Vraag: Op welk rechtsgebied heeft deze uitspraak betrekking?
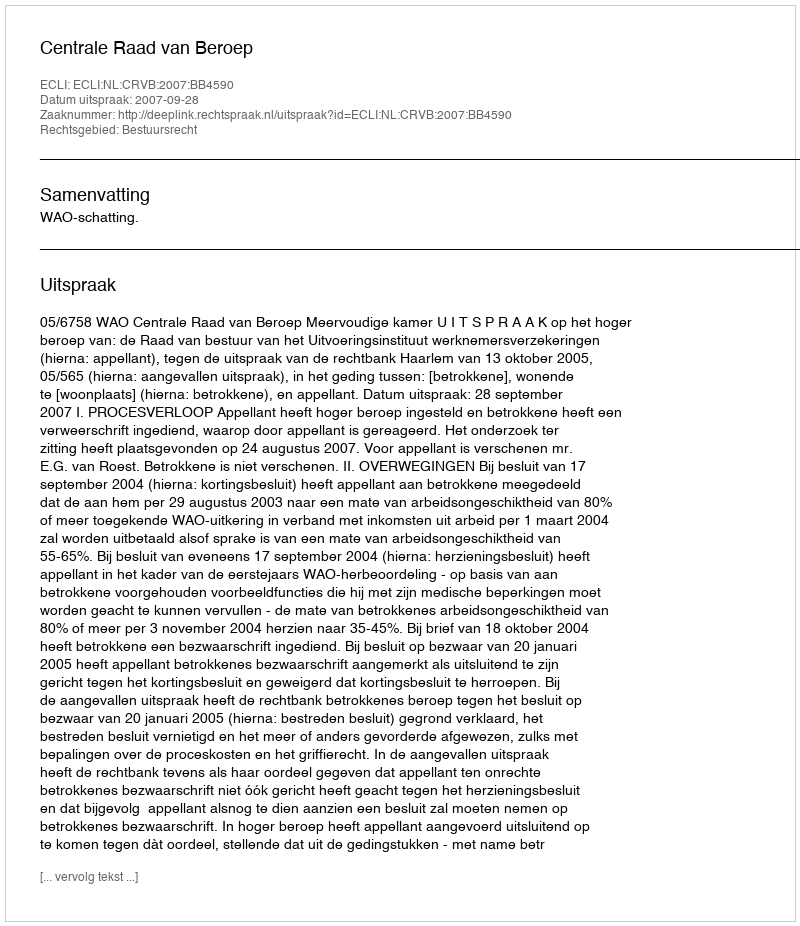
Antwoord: Bestuursrecht